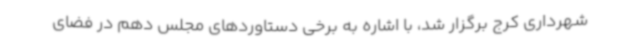
شهرداری کرج برگزار شد، با اشاره به برخی دستاوردهای مجلس دهم در فضای